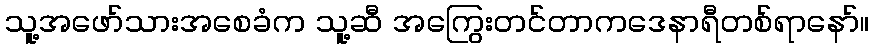
သူ့အဖော်သားအစေခံက သူ့ဆီ အကြွေးတင်တာကဒေနာရီတစ်ရာနော်။